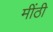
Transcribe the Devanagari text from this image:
मींठी